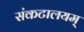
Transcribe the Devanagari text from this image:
संकटालयम्